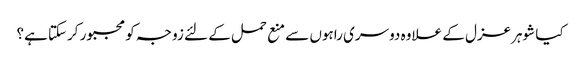
کیا شوہرعزل کے علاوہ دوسری راہوں سے منع حمل کے لئے زوجہ کو مجبور کرسکتا ہے؟